Lunatic asylums in Bengal annual reports 1912-1924 - 1912-1924
Year: 1912
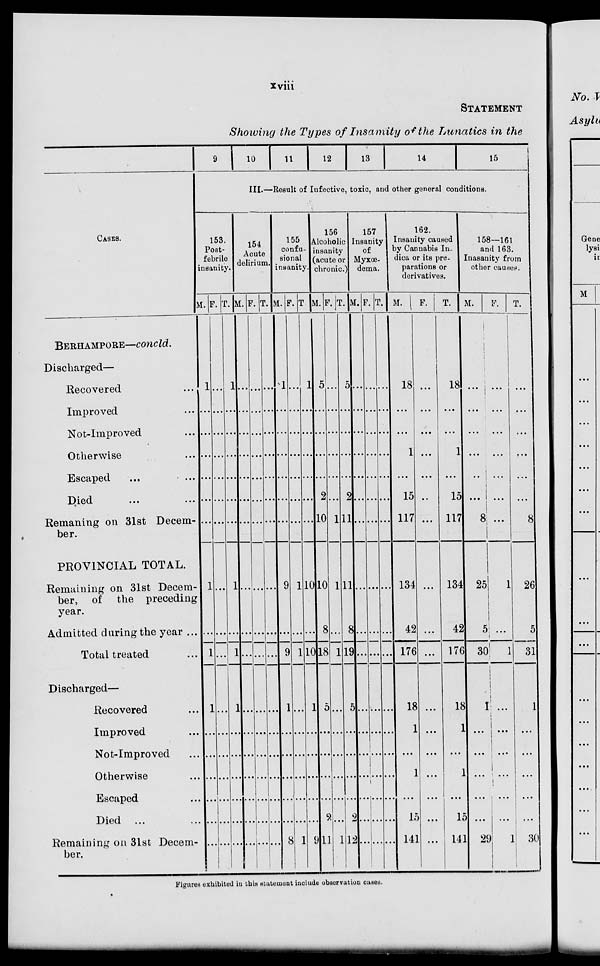
xviii
STATEMENT
Showing the Types of Insanity of the Lunatics in the
CASES.
BERHAMPORE—concld.
Discharged—
Recovered ...
Improved ...
Not-Improved ...
Otherwise ...
Escaped ... ...
Died ... ...
Remaning on 31st Decem-
ber.
PROVINCIAL TOTAL.
Remaining on 31st Decem-
ber, of the preceding
year.
Admitted daring the year ...
Total treated ...
Discharged—
Recovered ...
Improved ...
Not-Improved ...
Otherwise ...
Escaped ... ...
Died ... ...
Remaining on 31st Decem-
ber.
9 10 11 12 13 14
15
III.—Result of Infective, toxic, and other general conditions.
153,
Post-
febrile
insanity.
M.
1
...
...
...
...
...
...
1
...
1
1
...
...
...
...
...
...
F.
...
...
...
...
...
...
...
...
...
...
...
...
...
...
...
...
...
T.
1
...
...
...
...
...
...
1
...
1
1
...
...
...
...
...
...
154
Acute
delirium
M.
...
...
...
...
...
...
...
...
...
...
...
...
...
...
...
...
...
F.
...
...
...
...
...
...
...
...
...
...
...
...
...
...
...
...
...
T.
...
...
...
...
...
...
...
...
...
...
...
...
...
...
...
...
...
155
confu-
sional
insanity.
M.
1
...
...
...
...
...
...
9
...
9
1
...
...
...
...
...
8
F.
...
...
...
...
...
...
...
1
...
1
...
...
...
...
...
...
1
T
1
...
...
...
...
...
...
10
...
10
1
...
...
...
...
...
9
156
Alcoholic
insanity
(acute or
chronic.
M.
5
...
...
...
...
2
10
10
8
18
5
...
...
...
...
2
11
F.
...
...
...
...
...
...
1
1
...
1
...
...
...
...
...
...
1
T.
5
...
...
...
...
2
11
11
8
19
5
...
...
...
...
2
12
157
Insanity
of
Myxœ-
dema.
M.
...
...
...
...
...
...
...
...
...
...
...
...
...
...
...
...
...
F.
...
...
...
...
...
...
...
...
...
...
...
...
...
...
...
...
...
T.
...
...
...
...
...
...
...
...
...
...
...
...
...
...
...
...
...
162.
Insanity caused
by Cannabis In.
dica or its pre-
parations or
derivatives.
M.
18
...
...
1
...
15
117
134
42
176
18
1
...
1
...
15
141
F.
...
...
...
...
...
...
...
...
...
...
...
...
...
...
...
...
...
T.
18
...
...
1
...
15
117
134
42
176
18
1
...
1
...
15
141
158—161
and 163.
Inasanity from
other causes.
M.
...
...
...
...
...
...
8
25
5
30
1
...
...
...
...
...
29
F.
...
...
...
...
...
...
...
1
...
1
...
...
...
...
...
...
1
T.
...
...
...
...
...
...
8
26
5
31
1
...
...
...
...
...
30
Figures exhibited in this statement include observation cases.